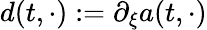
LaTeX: d(t,\cdot):=\partial_{\xi}a(t,\cdot)